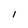
Character: I